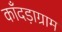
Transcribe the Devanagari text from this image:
काँदड़ाग्राम